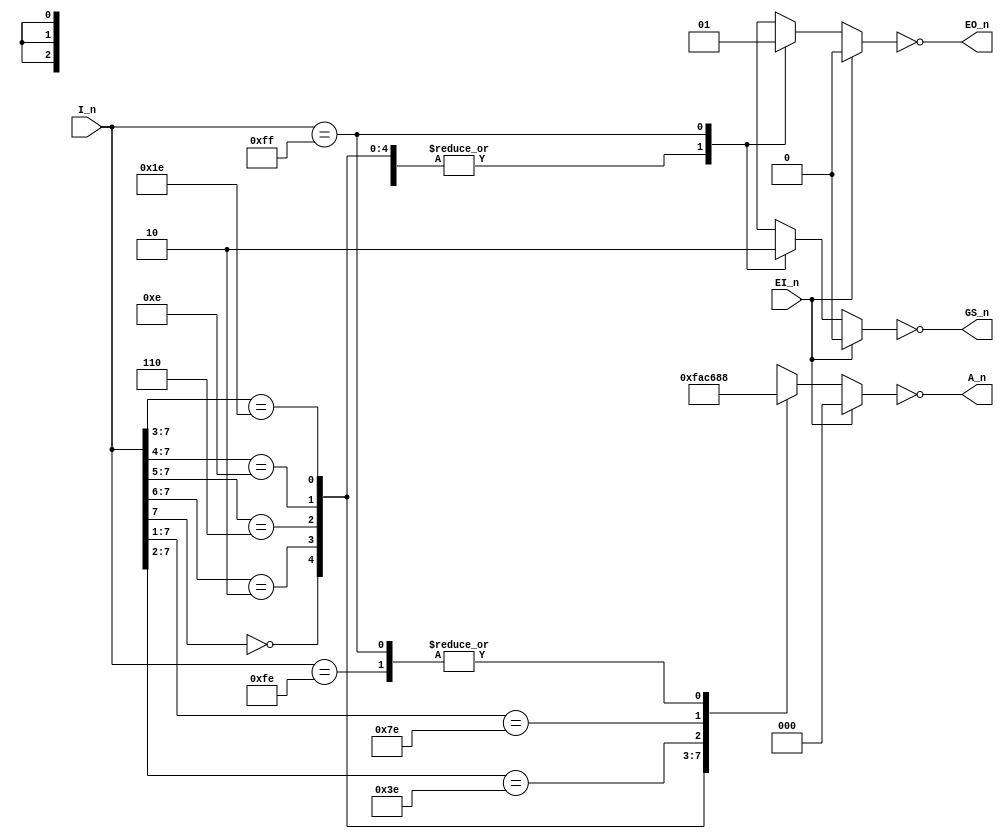
// 8-line to 3-line priority encoder

module ttl_74LS148(input EI_n,
		   input [7:0] 	I_n,
		   output 	EO_n,
		   output 	GS_n,
		   output [2:0] A_n);

   reg EO;
   reg GS;
   reg [2:0] A;

   always @(*)
     begin
	if (EI_n)
	  begin
	     EO = 0;
	     GS = 0;
	     A = 3'b000;
	  end
	else
	  begin
	     EO = 0;
	     GS = 1;

	     casez (I_n)
	       8'b0???????: A = 3'b111;
	       8'b10??????: A = 3'b110;
	       8'b110?????: A = 3'b101;
	       8'b1110????: A = 3'b100;
	       8'b11110???: A = 3'b011;
	       8'b111110??: A = 3'b010;
	       8'b1111110?: A = 3'b001;
	       8'b11111110: A = 3'b000;
	       8'b11111111:
		 begin
		    EO = 1;
		    GS = 0;
		    A = 3'b000;
		 end
	       default: A = 3'b000;
	     endcase
	  end
     end

   assign EO_n = ~EO;
   assign GS_n = ~GS;
   assign A_n = ~A;

endmodule